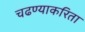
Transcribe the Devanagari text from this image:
चढण्याकरिता